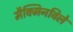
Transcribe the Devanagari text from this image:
मैक्मिनविले